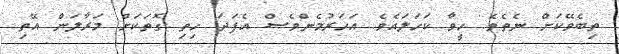
ތިބެވޭކަށް ނެތެވެ. ހީވާ ކަހަލައެވެ. އަހަރުމެންވެސް އެފަދަ ހިތި ގޮތަކަށް މަރާލަން އޭތި